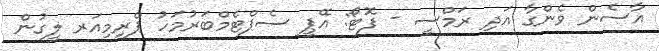
އާސެން ވެންގާ އަދި ރަމްސީ - ފޮޓޯ: އޭޕީ ސެޕްޓެމްބަރުމަހު ޕްރިމިއަރ ލީގުން